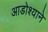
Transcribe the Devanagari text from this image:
आडोश्याने